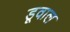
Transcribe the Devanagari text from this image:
डूवाल